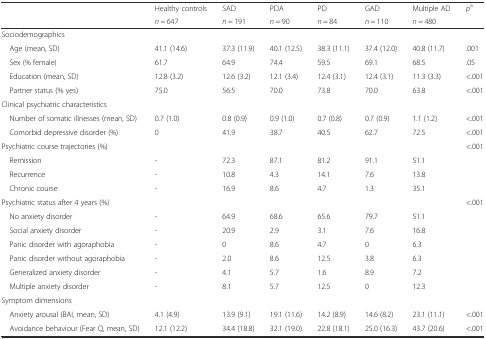
<table><thead><tr><td rowspan="2"></td><td><b>Healthy controls</b></td><td><b>SAD</b></td><td><b>PDA</b></td><td><b>PD</b></td><td><b>GAD</b></td><td><b>Multiple AD</b></td><td rowspan="2"><b><i>p</i><sup>a</sup></b></td></tr><tr><td><b><i>n</i> = 647</b></td><td><b><i>n</i> = 191</b></td><td><b><i>n</i> = 90</b></td><td><b><i>n</i> = 84</b></td><td><b><i>n</i> = 110</b></td><td><b><i>n</i> = 480</b></td></tr></thead><tbody><tr><td>Sociodemographics</td><td></td><td></td><td></td><td></td><td></td><td></td><td></td></tr><tr><td> Age (mean, SD)</td><td>41.1 (14.6)</td><td>37.3 (11.9)</td><td>40.1 (12.5)</td><td>38.3 (11.1)</td><td>37.4 (12.0)</td><td>40.8 (11.7)</td><td>.001</td></tr><tr><td> Sex (% female)</td><td>61.7</td><td>64.9</td><td>74.4</td><td>59.5</td><td>69.1</td><td>68.5</td><td>.05</td></tr><tr><td> Education (mean, SD)</td><td>12.8 (3.2)</td><td>12.6 (3.2)</td><td>12.1 (3.4)</td><td>12.4 (3.1)</td><td>12.4 (3.1)</td><td>11.3 (3.3)</td><td>&lt;.001</td></tr><tr><td> Partner status (% yes)</td><td>75.0</td><td>56.5</td><td>70.0</td><td>73.8</td><td>70.0</td><td>63.8</td><td>&lt;.001</td></tr><tr><td>Clinical psychiatric characteristics</td><td></td><td></td><td></td><td></td><td></td><td></td><td></td></tr><tr><td> Number of somatic illnesses (mean, SD)</td><td>0.7 (1.0)</td><td>0.8 (0.9)</td><td>0.9 (1.0)</td><td>0.7 (0.8)</td><td>0.7 (0.9)</td><td>1.1 (1.2)</td><td>&lt;.001</td></tr><tr><td> Comorbid depressive disorder (%)</td><td>0</td><td>41.9</td><td>38.7</td><td>40.5</td><td>62.7</td><td>72.5</td><td>&lt;.001</td></tr><tr><td>Psychiatric course trajectories (%)</td><td></td><td></td><td></td><td></td><td></td><td></td><td>&lt;.001</td></tr><tr><td> Remission</td><td>-</td><td>72.3</td><td>87.1</td><td>81.2</td><td>91.1</td><td>51.1</td><td></td></tr><tr><td> Recurrence</td><td>-</td><td>10.8</td><td>4.3</td><td>14.1</td><td>7.6</td><td>13.8</td><td></td></tr><tr><td> Chronic course</td><td>-</td><td>16.9</td><td>8.6</td><td>4.7</td><td>1.3</td><td>35.1</td><td></td></tr><tr><td>Psychiatric status after 4 years (%)</td><td></td><td></td><td></td><td></td><td></td><td></td><td>&lt;.001</td></tr><tr><td> No anxiety disorder</td><td>-</td><td>64.9</td><td>68.6</td><td>65.6</td><td>79.7</td><td>51.1</td><td></td></tr><tr><td> Social anxiety disorder</td><td>-</td><td>20.9</td><td>2.9</td><td>3.1</td><td>7.6</td><td>16.8</td><td></td></tr><tr><td> Panic disorder with agoraphobia</td><td>-</td><td>0</td><td>8.6</td><td>4.7</td><td>0</td><td>6.3</td><td></td></tr><tr><td> Panic disorder without agoraphobia</td><td>-</td><td>2.0</td><td>8.6</td><td>12.5</td><td>3.8</td><td>6.3</td><td></td></tr><tr><td> Generalized anxiety disorder</td><td>-</td><td>4.1</td><td>5.7</td><td>1.6</td><td>8.9</td><td>7.2</td><td></td></tr><tr><td> Multiple anxiety disorder</td><td>-</td><td>8.1</td><td>5.7</td><td>12.5</td><td>0</td><td>12.3</td><td></td></tr><tr><td>Symptom dimensions</td><td></td><td></td><td></td><td></td><td></td><td></td><td></td></tr><tr><td> Anxiety arousal (BAI, mean, SD)</td><td>4.1 (4.9)</td><td>13.9 (9.1)</td><td>19.1 (11.6)</td><td>14.2 (8.9)</td><td>14.6 (8.2)</td><td>23.1 (11.1)</td><td>&lt;.001</td></tr><tr><td> Avoidance behaviour (Fear Q, mean, SD)</td><td>12.1 (12.2)</td><td>34.4 (18.8)</td><td>32.1 (19.0)</td><td>22.8 (18.1)</td><td>25.0 (16.3)</td><td>43.7 (20.6)</td><td>&lt;.001</td></tr></tbody></table>